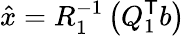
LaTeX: {\hat{x}}=R_{1}^{-1}\left(Q_{1}^{\textsf{T}}b\right)